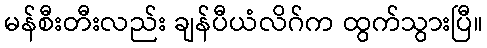
မန်စီးတီးလည်း ချန်ပီယံလိဂ်က ထွက်သွားပြီ။